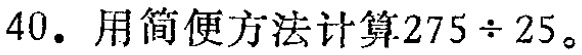
40. 用简便方法计算$275\div25$。